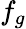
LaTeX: f_{g}